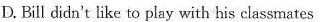
D. Bill didn't like to play with his classmates